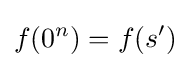
f(0^{n})=f(s')